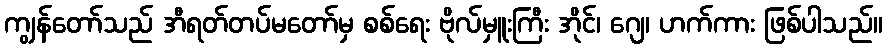
ကျွန်တော်သည် အီရတ်တပ်မတော်မှ စစ်ရေး ဗိုလ်မှူးကြီး အိုင်၊ ဂျေ၊ ဟက်ကား ဖြစ်ပါသည်။